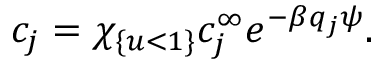
c _ { j } = \chi _ { \{ u < 1 \} } c _ { j } ^ { \infty } e ^ { - \beta q _ { j } \psi } .